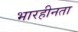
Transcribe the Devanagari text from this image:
भारहीनता